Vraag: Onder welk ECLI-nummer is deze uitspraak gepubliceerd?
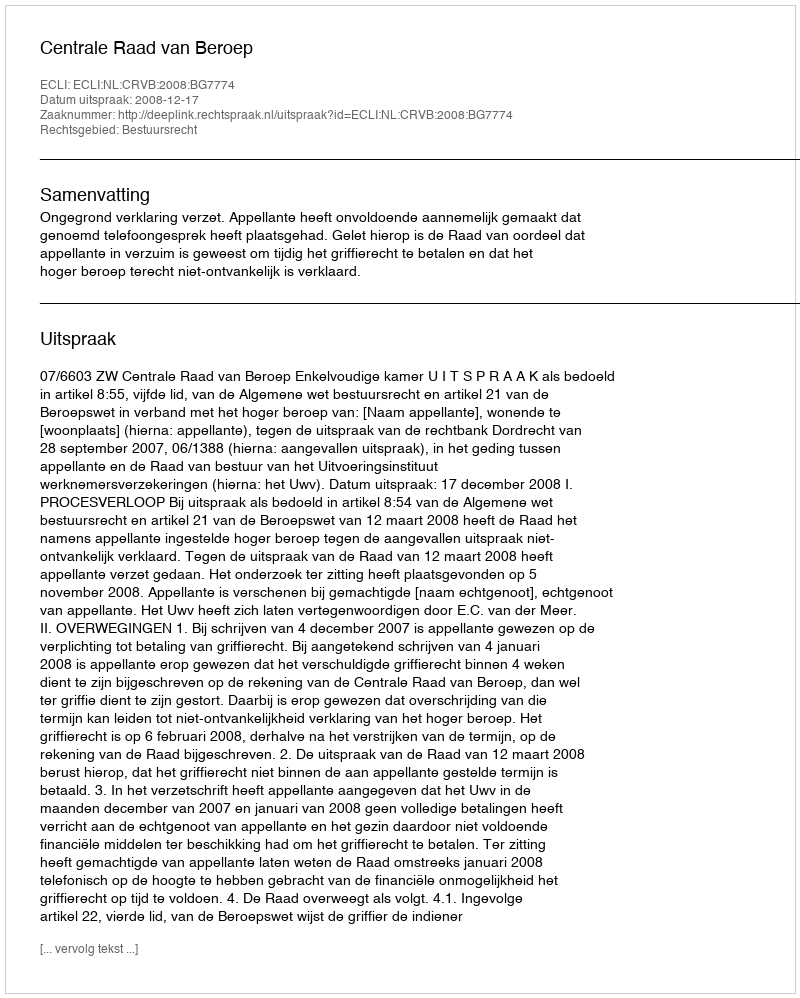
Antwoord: ECLI:NL:CRVB:2008:BG7774